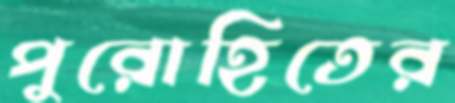
পুরোহিতের